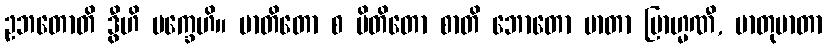
ဥဘတောတိ ဒွီဟိ ပက္ခေဟိ။ မာတိတော စ ပိတိတော စာတိ ဘောတော မာတာ ဗြာဟ္မဏီ, မာတုမာတာ